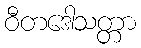
ဝီတဒေါသတ္တာ